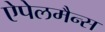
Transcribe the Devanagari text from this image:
ऐपेलमैन्स